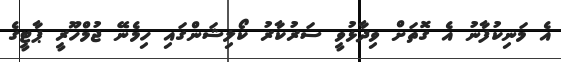
އެ މަނިކުފާނު އެ ގޮތަށް ވިދާޅުވީ ސަރުކާރު ކޯލިޝަންގައި ހިމެނޭ ޖުމްހޫރީ ޕާޓީގެ